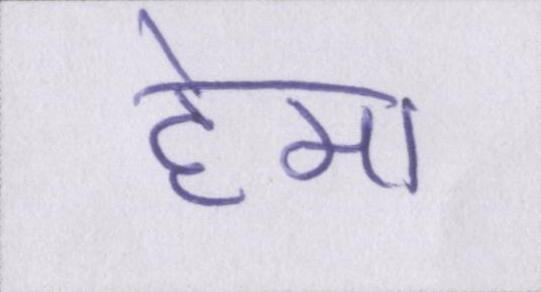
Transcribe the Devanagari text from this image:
हेमा